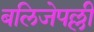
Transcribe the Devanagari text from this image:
बलिजेपल्ली